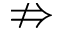
\nRightarrow